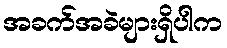
အခက်အခဲများရှိပါက